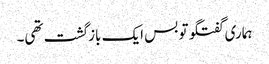
ہماری گفتگو تو بس ایک بازگشت تھی۔